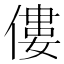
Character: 僂